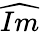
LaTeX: \widehat{Im}